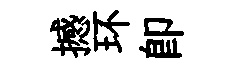
撼环即